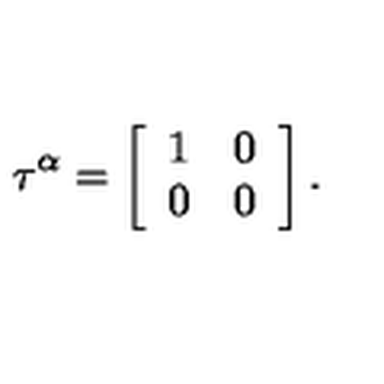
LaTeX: \tau ^ { \alpha } = \left[ \begin{array} { c c } { 1 } & { 0 } \\ { 0 } & { 0 } \\ \end{array} \right] .